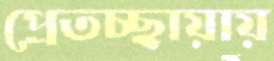
প্রেতচ্ছায়ায়